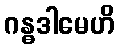
ဂန္ဓဒါမေဟိ